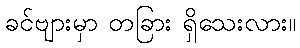
ခင်ဗျားမှာ တခြား ရှိသေးလား။